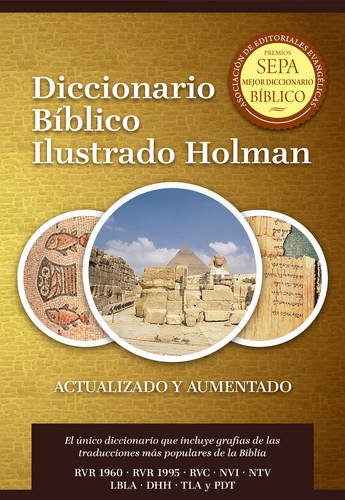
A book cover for Diccionario BÃ­blico Ilustrado Holman Revisado y Aumentado (Spanish Edition); Christian Books & Bibles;